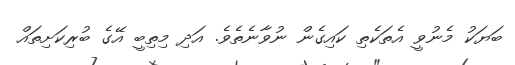
ބަޔަކު މެނުވީ އެތަކެތި ކައިގެން ނުވާނެތެވެ. އަދި މިތިބީ އޭގެ ބުރިކަށިތައް